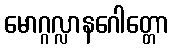
မောဂ္ဂလ္လာနဂေါတ္တော